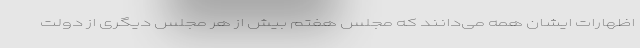
اظهارات ایشان همه می‌دانند که مجلس هفتم بیش از هر مجلس دیگری از دولت